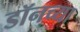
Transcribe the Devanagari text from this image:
डॉनच्या